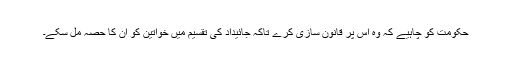
حکومت کو چاہیے کہ وہ اس پر قانون سازی کرے تاکہ جائیداد کی تقسیم میں خواتین کو ان کا حصہ مل سکے۔